Report of the Indian Hemp Drugs Commission, 1894-1895 - Volume V
Year: 1894
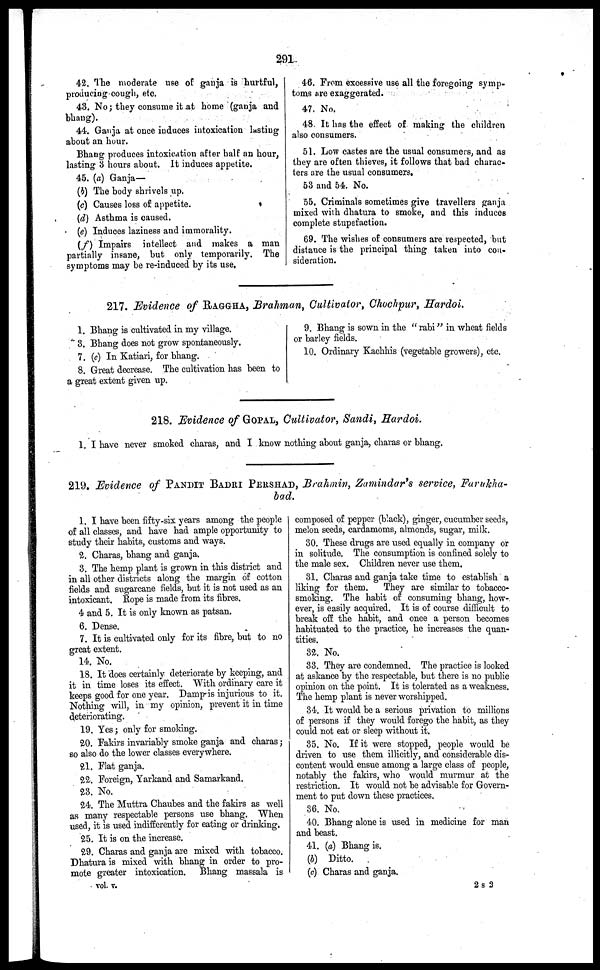
42. The moderate use of ganja is hurtful,
producing cough, etc.
43. No; they consume it at home (ganja and
bhang).
44. Ganja at once induces intoxication lasting
about an hour.
Bhang produces intoxication after half an hour,
lasting 3 hours about. It induces appetite.
45. (a) Ganja—
(b) The body shrivels up.
(c) Causes loss of appetite.
(d) Asthma is caused.
(e) Induces laziness and immorality.
(f) Impairs intellect and makes a man
partially insane, but only temporarily. The
symptoms may be re-induced by its use,
46. From excessive use all the foregoing symp-
toms are exaggerated.
47. No.
48. It has the effect of making the children
also consumers.
51. Low castes are the usual consumers, and as
they are often thieves, it follows that bad charac-
ters are the usual consumers.
53 and 54. No.
55. Criminals sometimes give travellers ganja
mixed with dhatura to smoke, and this induces
complete stupefaction.
69. The wishes of consumers are respected, but
distance is the principal thing taken into con-
sideration.
217. Evidence of RAGGHA, Brahman, Cultivator, Chochpur, Hardoi.
1. Bhang is cultivated in my village.
3. Bhang does not grow spontaneously.
7. (c) In Katiari, for bhang.
8. Great decrease. The cultivation has been to
a great extent given up.
9. Bhang is sown in the " rabi" in wheat fields
or barley fields.
10. Ordinary Kachhis (vegetable growers), etc.
218. Evidence of GOPAL, Cultivator, Sandi, Hardoi.
1. I have never smoked charas, and I know nothing about ganja, charas or bhang.
219. Evidence of PANDIT BADRI PERSHAD, Brahmin, Zamindar's service, Farukha-
bad.
1. I have been fifty-six years among the people
of all classes, and have had ample opportunity to
study their habits, customs and ways.
2. Charas, bhang and ganja.
3. The hemp plant is grown in this district and
in all other districts along the margin of cotton
fields and sugarcane fields, but it is not used as an
intoxicant. Rope is made from its fibres.
4 and 5. It is only known as patsan.
6. Dense.
7. It is cultivated only for its fibre, but to no
great extent.
14. No.
18. It does certainly deteriorate by keeping, and
it in time loses its effect. With ordinary care it
keeps good for one year. Damp is injurious to it.
Nothing will, in my opinion, prevent it in time
deteriorating.
19. Yes; only for smoking.
20. Fakirs invariably smoke ganja and charas;
so also do the lower classes everywhere.
21. Flat ganja.
22. Foreign, Yarkand and Samarkand.
23. No.
24. The Muttra Chaubes and the fakirs as well
as many respectable persons use bhang. When
used, it is used indifferently for eating or drinking.
25. It is on the increase.
29. Charas and ganja are mixed with tobacco.
Dhatura is mixed with bhang in order to pro-
mote greater intoxication. Bhang massala is
vol. v.
composed of pepper (black), ginger, cucumber seeds,
melon seeds, cardamoms, almonds, sugar, milk.
30. These drugs are used equally in company or
in solitude. The consumption is confined solely to
the male sex. Children never use them.
31. Charas and ganja take time to establish a
liking for them.
They are similar to tobacco-
smoking. The habit of consuming bhang, how-
ever, is easily acquired. It is of course difficult to
break off the habit, and once a person becomes
habituated to the practice, he increases the quan-
tities.
32. No.
33. They are condemned. The practice is looked
at askance by the respectable, but there is no public
opinion on the point. It is tolerated as a weakness.
The hemp plant is never worshipped.
34. It would be a serious privation to millions
of persons if they would forego the habit, as they
could not eat or sleep without it.
35. No. If it were stopped, people would be
driven to use them illicitly, and considerable dis-
content would ensue among a large class of people,
notably the fakirs, who would murmur at the
restriction. It would not be advisable for Govern-
ment to put down these practices.
36. No,
40. Bhang alone is used in medicine for man
and beast.
41. (a) Bhang is.
(5) Ditto.
(c) Charas and ganja.
2S 2